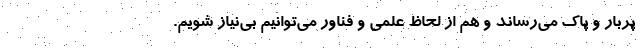
پربار و پاک می‌رساند و هم از لحاظ علمی و فناور می‌توانیم بی‌نیاز شویم.